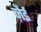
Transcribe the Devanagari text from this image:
ज़ैई